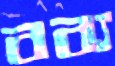
বব্য